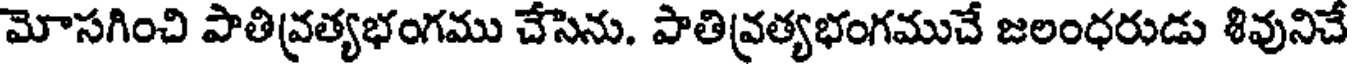
మోసగించి పాతివ్రత్యభంగము చేసెను. పాతివ్రత్యభంగముచే జలంధరుడు శివునిచే